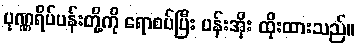
ပုဏ္ဏရိပ်ပန်းတို့ကို ရောစပ်ပြီး ပန်းအိုး ထိုးထားသည်။